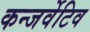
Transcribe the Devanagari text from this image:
कन्जर्वेटिव